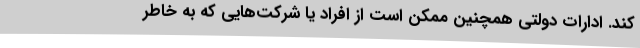
کند. ادارات دولتی همچنین ممکن است از افراد یا شرکت‌هایی که به خاطر